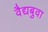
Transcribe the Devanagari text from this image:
वैद्यबुवा